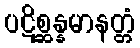
ပဋိစ္ဆန္နမာနတ္တံ